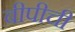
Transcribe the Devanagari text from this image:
बीपीची